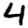
Digit: 4